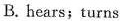
B. hears;turns